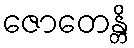
ဇောတေန္တိ